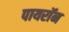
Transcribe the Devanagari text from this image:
पायराॅन